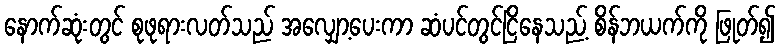
နောက်ဆုံးတွင် စုဖုရားလတ်သည် အလျှော့ပေးကာ ဆံပင်တွင်ငြိနေသည့် စိန်ဘယက်ကို ဖြုတ်၍